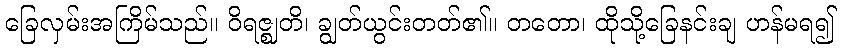
ခြေလှမ်းအကြိမ်သည်။ ဝိရဇ္ဈတိ၊ ချွတ်ယွင်းတတ်၏။ တတော၊ ထိုသို့ခြေနင်းချ ဟန်မရ၍